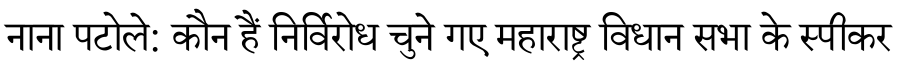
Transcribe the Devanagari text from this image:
नाना पटोले: कौन हैं निर्विरोध चुने गए महाराष्ट्र विधान सभा के स्पीकर